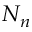
N _ { n }